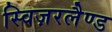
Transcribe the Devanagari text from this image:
स्विज़रलैण्ड